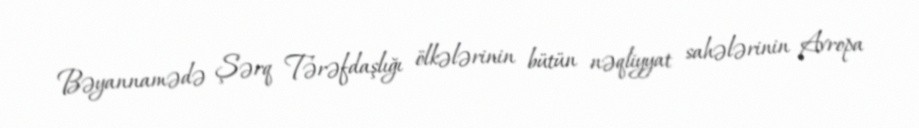
Bəyannamədə Şərq Tərəfdaşlığı ölkələrinin bütün nəqliyyat sahələrinin Avropa